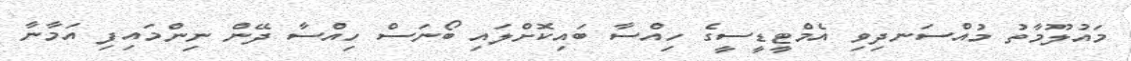
މައުލޫމާތު މުއްސަނދިވި އެމްޓީޑީސީގެ ހިއްސާ ބައިކޮށްލައި ބޯނަސް ހިއްސާ ދޭން ނިންމައިފި އަމާނާ